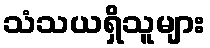
သံသယရှိသူများ